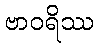
ဗာဝရိဿ